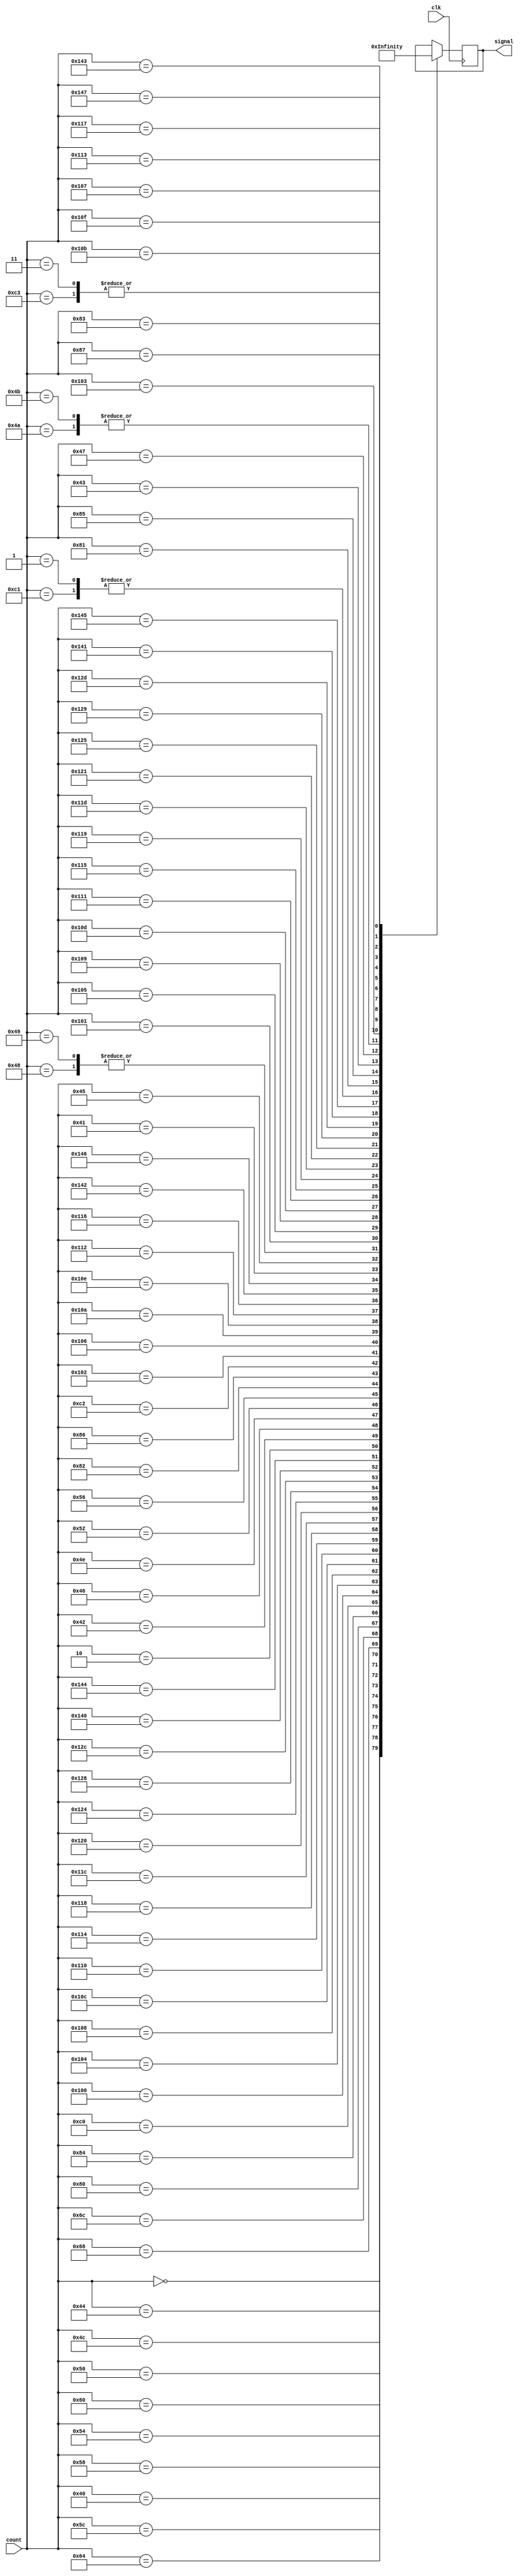
module sem(
  input [8:0] count,
  input clk,
  output reg  [14:0] signal
);

always @(posedge clk) begin
  case (count)
    9'b000000000: signal = 15'b001000000001001;
    9'b001000000: signal = 15'b001000100100001;
    9'b001000100: signal = 15'b001001000100001;
    9'b001001000: signal = 15'b001001100100001;
    9'b001001100: signal = 15'b001010000100001;
    9'b001010000: signal = 15'b001010100100001;
    9'b001010100: signal = 15'b001011000100001;
    9'b001011000: signal = 15'b001011100100001;
    9'b001011100: signal = 15'b001100000100001;
    9'b001100000: signal = 15'b001100100100001;
    9'b001100100: signal = 15'b001101000100001;
    9'b001101000: signal = 15'b001101100100001;
    9'b001101100: signal = 15'b010000000100001;
    9'b010000000: signal = 15'b010000100010001;
    9'b010000100: signal = 15'b011000000010001;
    9'b011000000: signal = 15'b100000000001001;
    9'b100000000: signal = 15'b100000100001100;
    9'b100000100: signal = 15'b100001000001100;
    9'b100001000: signal = 15'b100001100001100;
    9'b100001100: signal = 15'b100010000001100;
    9'b100010000: signal = 15'b100010100001100;
    9'b100010100: signal = 15'b100011000001100;
    9'b100011000: signal = 15'b100011100001100;
    9'b100011100: signal = 15'b100100000001100;
    9'b100100000: signal = 15'b100100100001100;
    9'b100100100: signal = 15'b100101000001100;
    9'b100101000: signal = 15'b100101100001100;
    9'b100101100: signal = 15'b101000000001100;
    9'b101000000: signal = 15'b101000100001010;
    9'b101000100: signal = 15'b000000000001010;
    9'b000000010: signal = 15'b001000010001001;
    9'b001000010: signal = 15'b001000110100001;
    9'b001000110: signal = 15'b001001010100001;
    9'b001001010: signal = 15'b001001110100001;
    9'b001001110: signal = 15'b001010010100001;
    9'b001010010: signal = 15'b001010110100001;
    9'b001010110: signal = 15'b010000010100001;
    9'b010000010: signal = 15'b010000110010001;
    9'b010000110: signal = 15'b011000010010001;
    9'b011000010: signal = 15'b100000010001001;
    9'b100000010: signal = 15'b100000110001100;
    9'b100000110: signal = 15'b100001010001100;
    9'b100001010: signal = 15'b100001110001100;
    9'b100001110: signal = 15'b100010010001100;
    9'b100010010: signal = 15'b100010110001100;
    9'b100010110: signal = 15'b101000010001100;
    9'b101000010: signal = 15'b101000110001010;
    9'b101000110: signal = 15'b000000010001010;
    9'b011000001: signal = 15'b001000001001001;
    9'b001000001: signal = 15'b001000101100001;
    9'b001000101: signal = 15'b001001001100001;
    9'b001001001: signal = 15'b001001100100001;
    9'b100000001: signal = 15'b100000101001100;
    9'b100000101: signal = 15'b100001001001100;
    9'b100001001: signal = 15'b100001101001100;
    9'b100001101: signal = 15'b100010001001100;
    9'b100010001: signal = 15'b100010101001100;
    9'b100010101: signal = 15'b100011001001100;
    9'b100011001: signal = 15'b100011101001100;
    9'b100011101: signal = 15'b100100001001100;
    9'b100100001: signal = 15'b100100101001100;
    9'b100100101: signal = 15'b100101001001100;
    9'b100101001: signal = 15'b100101101001100;
    9'b100101101: signal = 15'b101000001001100;
    9'b101000001: signal = 15'b101000101001010;
    9'b101000101: signal = 15'b000000001001010;
    9'b000000001: signal = 15'b001000001001001;
    9'b010000001: signal = 15'b010000101010001;
    9'b010000101: signal = 15'b011000001010001;
    9'b011000011: signal = 15'b001000011001001;
    9'b001000011: signal = 15'b001000111100001;
    9'b001000111: signal = 15'b001001011100001;
    9'b001001011: signal = 15'b001001110100001;
    9'b100000011: signal = 15'b100000111001100;
    9'b100000111: signal = 15'b100001011001100;
    9'b100001011: signal = 15'b100001111001100;
    9'b100001111: signal = 15'b100010011001100;
    9'b100010011: signal = 15'b100010111001100;
    9'b100010111: signal = 15'b101000011001100;
    9'b101000011: signal = 15'b101000111001010;
    9'b101000111: signal = 15'b000000011001010;
    9'b000000011: signal = 15'b001000011001001;
    9'b010000011: signal = 15'b010000111010001;
    9'b010000111: signal = 15'b011000011010001;


  endcase
end
endmodule // sem